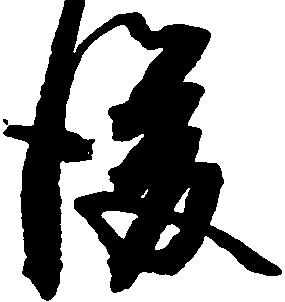
後